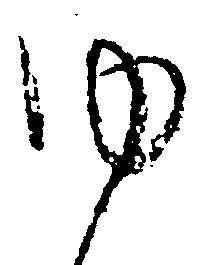
ゆ